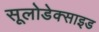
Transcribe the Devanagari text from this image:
सूलोडेक्साइड